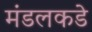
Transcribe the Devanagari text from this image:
मंडलकडे